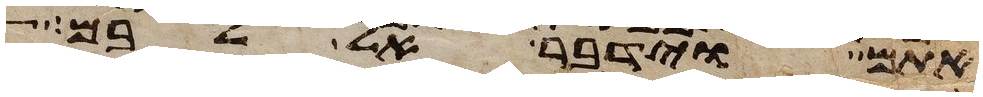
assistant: אתם וידבר אל לבם